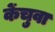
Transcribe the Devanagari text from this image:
केंचुवा